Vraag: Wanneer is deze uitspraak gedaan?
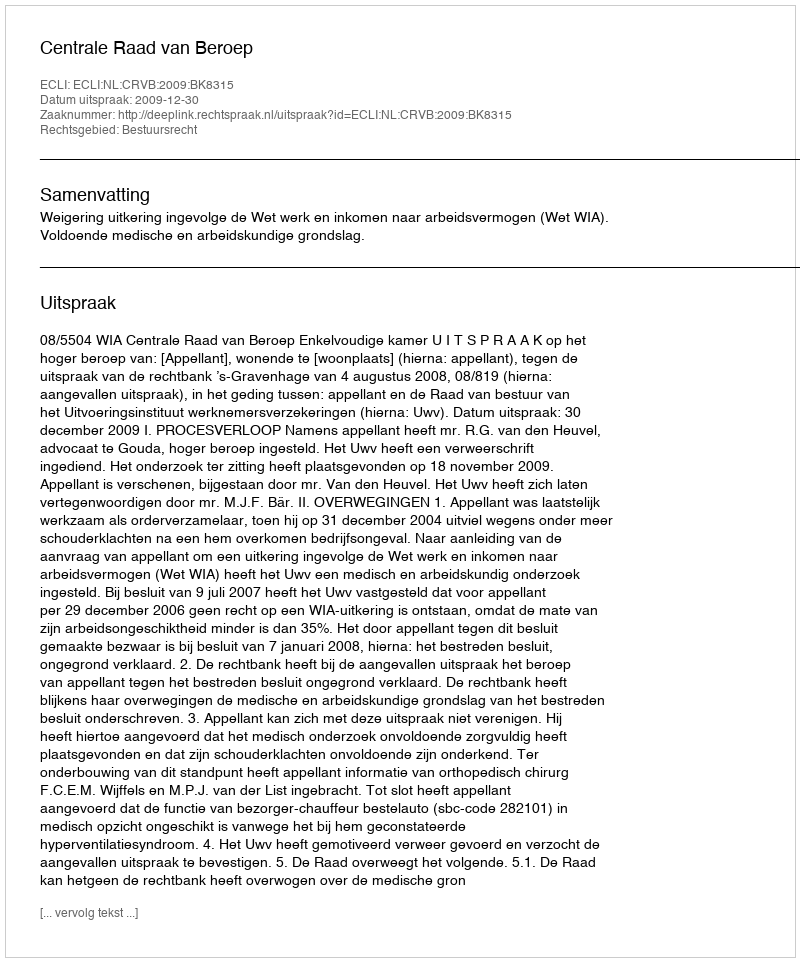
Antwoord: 2009-12-30